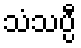
သံသပ္ပီ